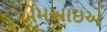
એમઆઇએ